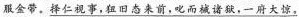
服金带。\underline{择仁视事，狃旧态来前，叱而械诸狱，一府大惊，}